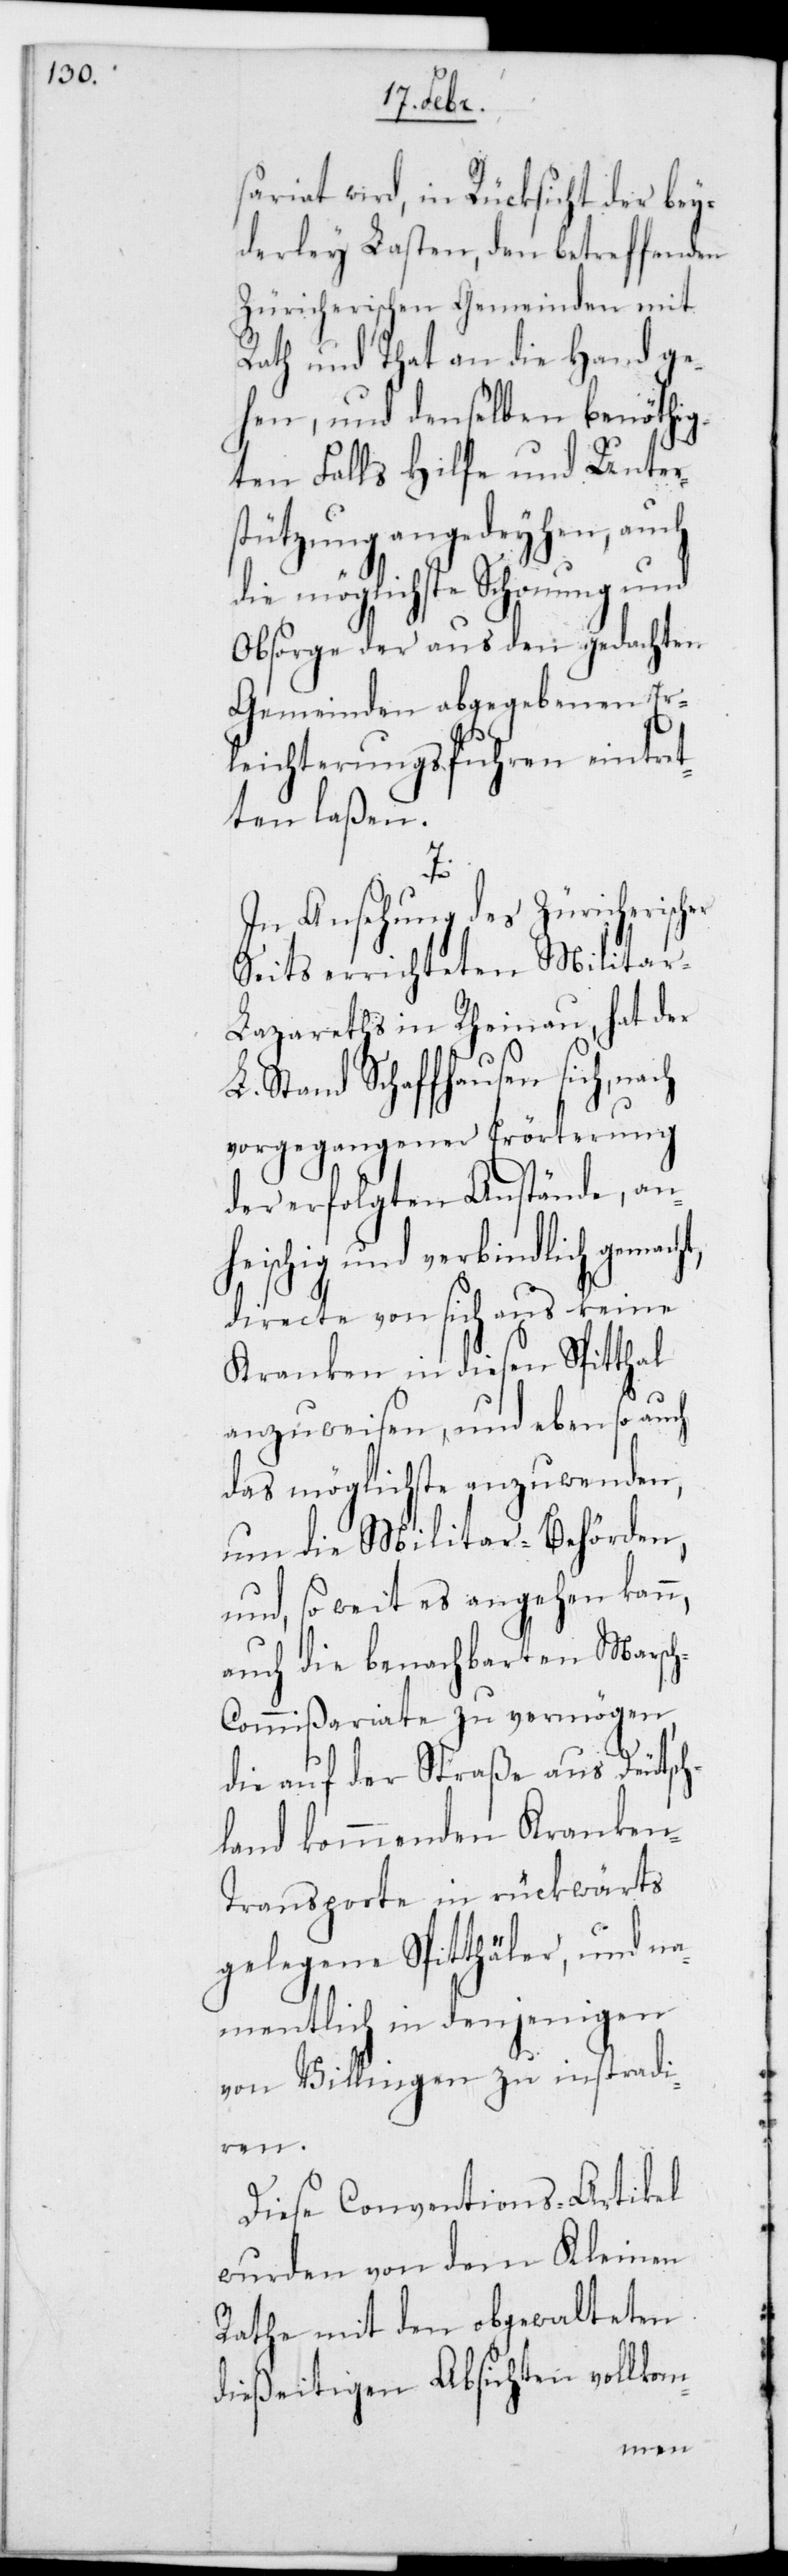
sariat wird, in Rücksicht der bey¬
derlei Lasten, den betreffenden
Züricherischen Gemeinden mit
Rath und Tat an die Hand ge¬
hen, und denselben benöthig¬
ten Falls Hilfe und Unter¬
stützung angedeihen, auch
die möglichste Schonung und
Obsorge der aus den gedachten
Gemeinden abgegebenen Er¬
leichterungsfuhren eintret¬
ten laßen.
ht,
In Ansehung des Züricherische¬
rseits errichteten Militar-L¬
azareths in Rheinau hat der
L. Stand Schaffhausen sich
vorgegangener Erörterung
der erfolgten Anstände, an¬
heischig und verbindlich gemac¬
directe von sich aus keine
Kranken in diesen Spitthal
anzuweisen, und ebenso auch
das Möglichste anzuwenden,
um die Militar-Behörden
und so weit es angehen kann,
auch die benachbarten Marsc¬
h-Commißariate zu vermögen,
die auf der Straße aus Deutsch¬
land kommenden Kranken¬
transporte in rückwärts
gelegene Spitäler, und na¬
mentlich in denjenigen
von Villingen zu instradi¬
eren.
Diese Conventions-Artikel
wurden von dem Kleinen
Rathe mit den obgewalteten
dießeitigen Absichten vollkom-